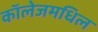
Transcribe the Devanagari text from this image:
काॅलेजमधिल